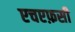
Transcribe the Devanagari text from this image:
एचएफ़सी